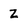
Character: Z